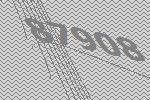
87908